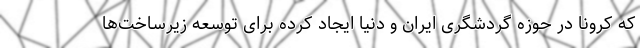
که کرونا در حوزه گردشگری ایران و دنیا ایجاد کرده برای توسعه زیرساخت‌ها